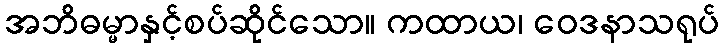
အဘိဓမ္မာနှင့်စပ်ဆိုင်သော။ ကထာယ၊ ဝေဒနာသရုပ်